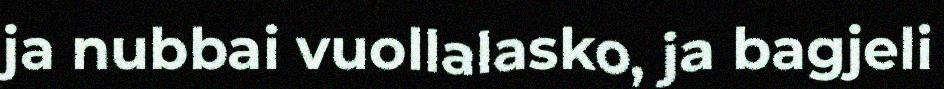
ja nubbai vuollalasko, ja bagjeli